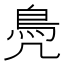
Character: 鳧